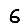
Digit: 6